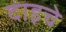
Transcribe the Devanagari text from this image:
दाइचे